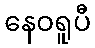
နေဝရူပီ